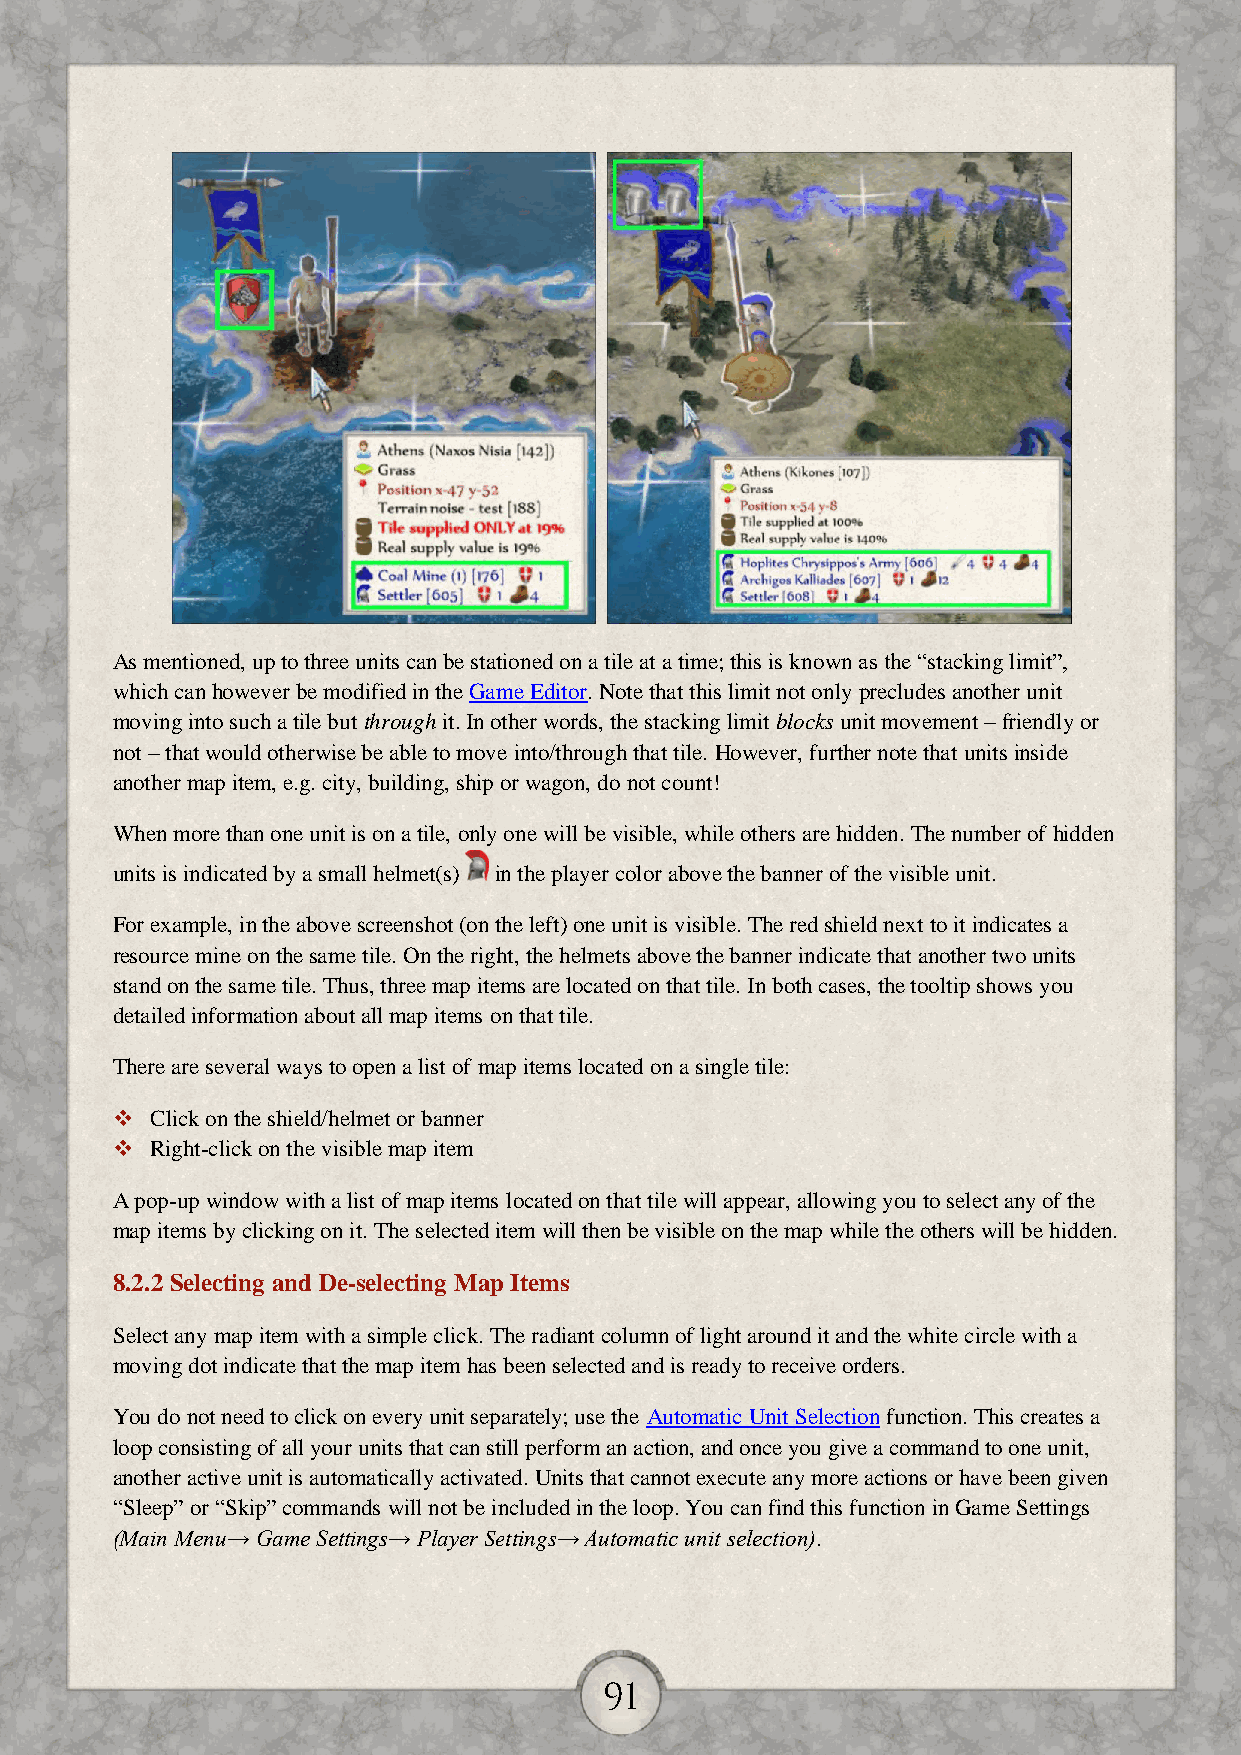
As mentioned, up to three units can be stationed on a tile at a time; this is known as the “stacking limit”,
 which can however be modified in the Game Editor. Note that this limit not only precludes another unit
 moving into such a tile but through it. In other words, the stacking limit blocks unit movement – friendly or
 not – that would otherwise be able to move into/through that tile. However, further note that units inside
 another map item, e.g. city, building, ship or wagon, do not count!
 When more than one unit is on a tile, only one will be visible, while others are hidden. The number of hidden
 units is indicated by a small helmet(s) in the player color above the banner of the visible unit.
 For example, in the above screenshot (on the left) one unit is visible. The red shield next to it indicates a
 resource mine on the same tile. On the right, the helmets above the banner indicate that another two units
 stand on the same tile. Thus, three map items are located on that tile. In both cases, the tooltip shows you
 detailed information about all map items on that tile.
 There are several ways to open a list of map items located on a single tile:
   Click on the shield/helmet or banner
   Right-click on the visible map item
 A pop-up window with a list of map items located on that tile will appear, allowing you to select any of the
 map items by clicking on it. The selected item will then be visible on the map while the others will be hidden.
 8.2.2 Selecting and De-selecting Map Items
 Select any map item with a simple click. The radiant column of light around it and the white circle with a
 moving dot indicate that the map item has been selected and is ready to receive orders.
 You do not need to click on every unit separately; use the Automatic Unit Selection function. This creates a
 loop consisting of all your units that can still perform an action, and once you give a command to one unit,
 another active unit is automatically activated. Units that cannot execute any more actions or have been given
 “Sleep” or “Skip” commands will not be included in the loop. You can find this function in Game Settings
 (Main Menu→ Game Settings→ Player Settings→ Automatic unit selection).
 91